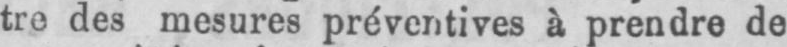
tre des mesures préventives à prendre de